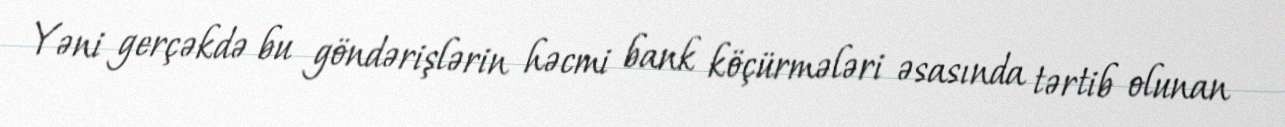
Yəni gerçəkdə bu göndərişlərin həcmi bank köçürmələri əsasında tərtib olunan